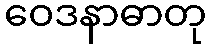
ဝေဒနာဓာတု